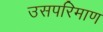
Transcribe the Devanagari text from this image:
उसपरिमाण